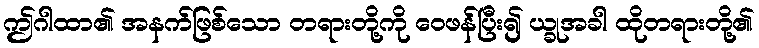
ဤဂါထာ၏ အနက်ဖြစ်သော တရားတို့ကို ဝေဖန်ပြီး၍ ယ္ခုအခါ ထိုတရားတို့၏